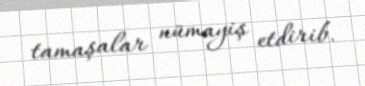
tamaşalar nümayiş etdirib.